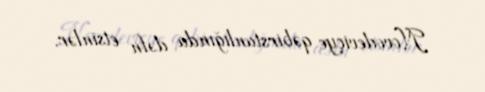
Novodeviçye qəbirstanlığında dəfn etsinlər.